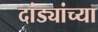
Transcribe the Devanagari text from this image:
दांड्यांच्या